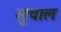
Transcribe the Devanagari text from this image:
भुचाल